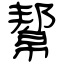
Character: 幚